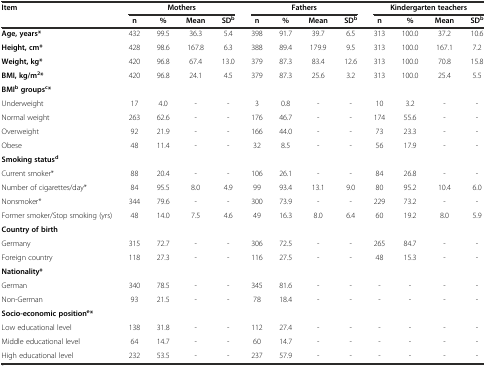
<table><thead><tr><td rowspan="2"><b>Item</b></td><td colspan="4"><b>Mothers</b></td><td colspan="4"><b>Fathers</b></td><td colspan="4"><b>Kindergarten teachers</b></td></tr><tr><td><b>n</b></td><td><b>%</b></td><td><b>Mean</b></td><td><b>SD<sup>b</sup></b></td><td><b>n</b></td><td><b>%</b></td><td><b>Mean</b></td><td><b>SD<sup>b</sup></b></td><td><b>n</b></td><td><b>%</b></td><td><b>Mean</b></td><td><b>SD<sup>b</sup></b></td></tr></thead><tbody><tr><td><b>Age, years*</b></td><td>432</td><td>99.5</td><td>36.3</td><td>5.4</td><td>398</td><td>91.7</td><td>39.7</td><td>6.5</td><td>313</td><td>100.0</td><td>37.2</td><td>10.6</td></tr><tr><td><b>Height, cm*</b></td><td>428</td><td>98.6</td><td>167.8</td><td>6.3</td><td>388</td><td>89.4</td><td>179.9</td><td>9.5</td><td>313</td><td>100.0</td><td>167.1</td><td>7.2</td></tr><tr><td><b>Weight, kg*</b></td><td>420</td><td>96.8</td><td>67.4</td><td>13.0</td><td>379</td><td>87.3</td><td>83.4</td><td>12.6</td><td>313</td><td>100.0</td><td>70.8</td><td>15.8</td></tr><tr><td><b>BMI, kg/m</b><sup><b>2</b></sup><b>*</b></td><td>420</td><td>96.8</td><td>24.1</td><td>4.5</td><td>379</td><td>87.3</td><td>25.6</td><td>3.2</td><td>313</td><td>100.0</td><td>25.4</td><td>5.5</td></tr><tr><td><b>BMI</b><sup><b>b</b></sup><b>groups</b><sup><b>c</b></sup><b>*</b></td><td></td><td></td><td></td><td></td><td></td><td></td><td></td><td></td><td></td><td></td><td></td><td></td></tr><tr><td>Underweight</td><td>17</td><td>4.0</td><td>-</td><td>-</td><td>3</td><td>0.8</td><td>-</td><td>-</td><td>10</td><td>3.2</td><td>-</td><td>-</td></tr><tr><td>Normal weight</td><td>263</td><td>62.6</td><td>-</td><td>-</td><td>176</td><td>46.7</td><td>-</td><td>-</td><td>174</td><td>55.6</td><td>-</td><td>-</td></tr><tr><td>Overweight</td><td>92</td><td>21.9</td><td>-</td><td>-</td><td>166</td><td>44.0</td><td>-</td><td>-</td><td>73</td><td>23.3</td><td>-</td><td>-</td></tr><tr><td>Obese</td><td>48</td><td>11.4</td><td>-</td><td>-</td><td>32</td><td>8.5</td><td>-</td><td>-</td><td>56</td><td>17.9</td><td>-</td><td>-</td></tr><tr><td><b>Smoking status</b><sup><b>d</b></sup></td><td></td><td></td><td></td><td></td><td></td><td></td><td></td><td></td><td></td><td></td><td></td><td></td></tr><tr><td>Current smoker*</td><td>88</td><td>20.4</td><td>-</td><td>-</td><td>106</td><td>26.1</td><td>-</td><td>-</td><td>84</td><td>26.8</td><td>-</td><td>-</td></tr><tr><td>Number of cigarettes/day*</td><td>84</td><td>95.5</td><td>8.0</td><td>4.9</td><td>99</td><td>93.4</td><td>13.1</td><td>9.0</td><td>80</td><td>95.2</td><td>10.4</td><td>6.0</td></tr><tr><td>Nonsmoker*</td><td>344</td><td>79.6</td><td>-</td><td>-</td><td>300</td><td>73.9</td><td>-</td><td>-</td><td>229</td><td>73.2</td><td>-</td><td>-</td></tr><tr><td>Former smoker/Stop smoking (yrs)</td><td>48</td><td>14.0</td><td>7.5</td><td>4.6</td><td>49</td><td>16.3</td><td>8.0</td><td>6.4</td><td>60</td><td>19.2</td><td>8.0</td><td>5.9</td></tr><tr><td><b>Country of birth</b></td><td></td><td></td><td></td><td></td><td></td><td></td><td></td><td></td><td></td><td></td><td></td><td></td></tr><tr><td>Germany</td><td>315</td><td>72.7</td><td>-</td><td>-</td><td>306</td><td>72.5</td><td>-</td><td>-</td><td>265</td><td>84.7</td><td>-</td><td>-</td></tr><tr><td>Foreign country</td><td>118</td><td>27.3</td><td>-</td><td>-</td><td>116</td><td>27.5</td><td>-</td><td>-</td><td>48</td><td>15.3</td><td>-</td><td>-</td></tr><tr><td><b>Nationality*</b></td><td></td><td></td><td></td><td></td><td></td><td></td><td></td><td></td><td></td><td></td><td></td><td></td></tr><tr><td>German</td><td>340</td><td>78.5</td><td>-</td><td>-</td><td>345</td><td>81.6</td><td>-</td><td>-</td><td>-</td><td>-</td><td>-</td><td>-</td></tr><tr><td>Non-German</td><td>93</td><td>21.5</td><td>-</td><td>-</td><td>78</td><td>18.4</td><td>-</td><td>-</td><td>-</td><td>-</td><td>-</td><td>-</td></tr><tr><td><b>Socio-economic position</b><sup><b>e</b></sup><b>*</b></td><td></td><td></td><td></td><td></td><td></td><td></td><td></td><td></td><td></td><td></td><td></td><td></td></tr><tr><td>Low educational level</td><td>138</td><td>31.8</td><td>-</td><td>-</td><td>112</td><td>27.4</td><td>-</td><td>-</td><td>-</td><td>-</td><td>-</td><td>-</td></tr><tr><td>Middle educational level</td><td>64</td><td>14.7</td><td>-</td><td>-</td><td>60</td><td>14.7</td><td>-</td><td>-</td><td>-</td><td>-</td><td>-</td><td>-</td></tr><tr><td>High educational level</td><td>232</td><td>53.5</td><td>-</td><td>-</td><td>237</td><td>57.9</td><td>-</td><td>-</td><td>-</td><td>-</td><td>-</td><td>-</td></tr></tbody></table>